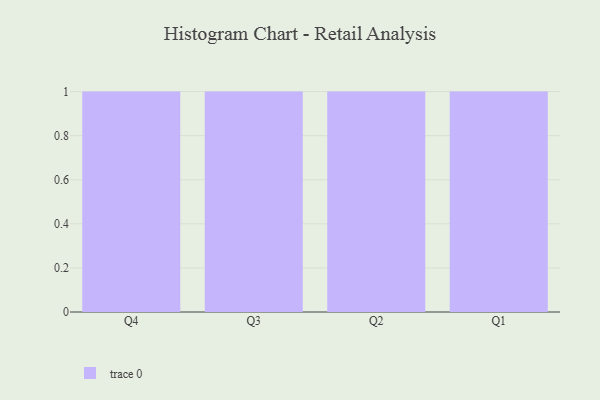
{"axis": {"x": "Quarter", "y": "Website Visitors"}, "legend": [""], "data": [{"x": "Q4", "y": 14, "type": ""}, {"x": "Q3", "y": 9, "type": ""}, {"x": "Q2", "y": 36, "type": ""}, {"x": "Q1", "y": 98, "type": ""}]}